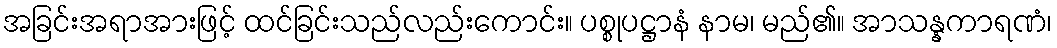
အခြင်းအရာအားဖြင့် ထင်ခြင်းသည်လည်းကောင်း။ ပစ္စုပဋ္ဌာနံ နာမ၊ မည်၏။ အာသန္နကာရဏံ၊